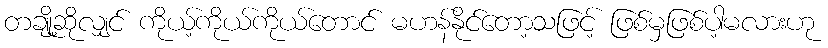
တချို့ဆိုလျှင် ကိုယ့်ကိုယ်ကိုယ်တောင် မဟန်နိုင်တော့သဖြင့် ဖြစ်မှဖြစ်ပါ့မလားဟု